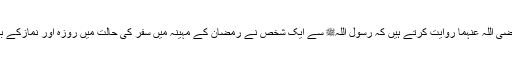
حضرت ابن عمر رضی اللہ عنہما روایت کرتے ہیں کہ رسول اللہﷺ سے ایک شخص نے رمضان کے مہینہ میں سفر کی حالت میں روزہ اور نمازکے بارہ میں دریافت کیا۔